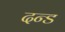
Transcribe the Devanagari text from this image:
दन्ड